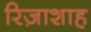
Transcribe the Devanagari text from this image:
रिज़ाशाह